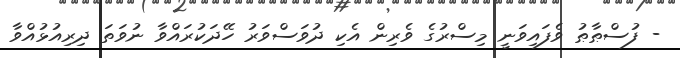
- ފުސްޠާޠު ވެފައިވަނީ މިސްރުގެ ވެރިން އެކި ދުވަސްވަރު ހޭދަކުރައްވާ ނުވަތަ ދިރިއުޅުއްވާ